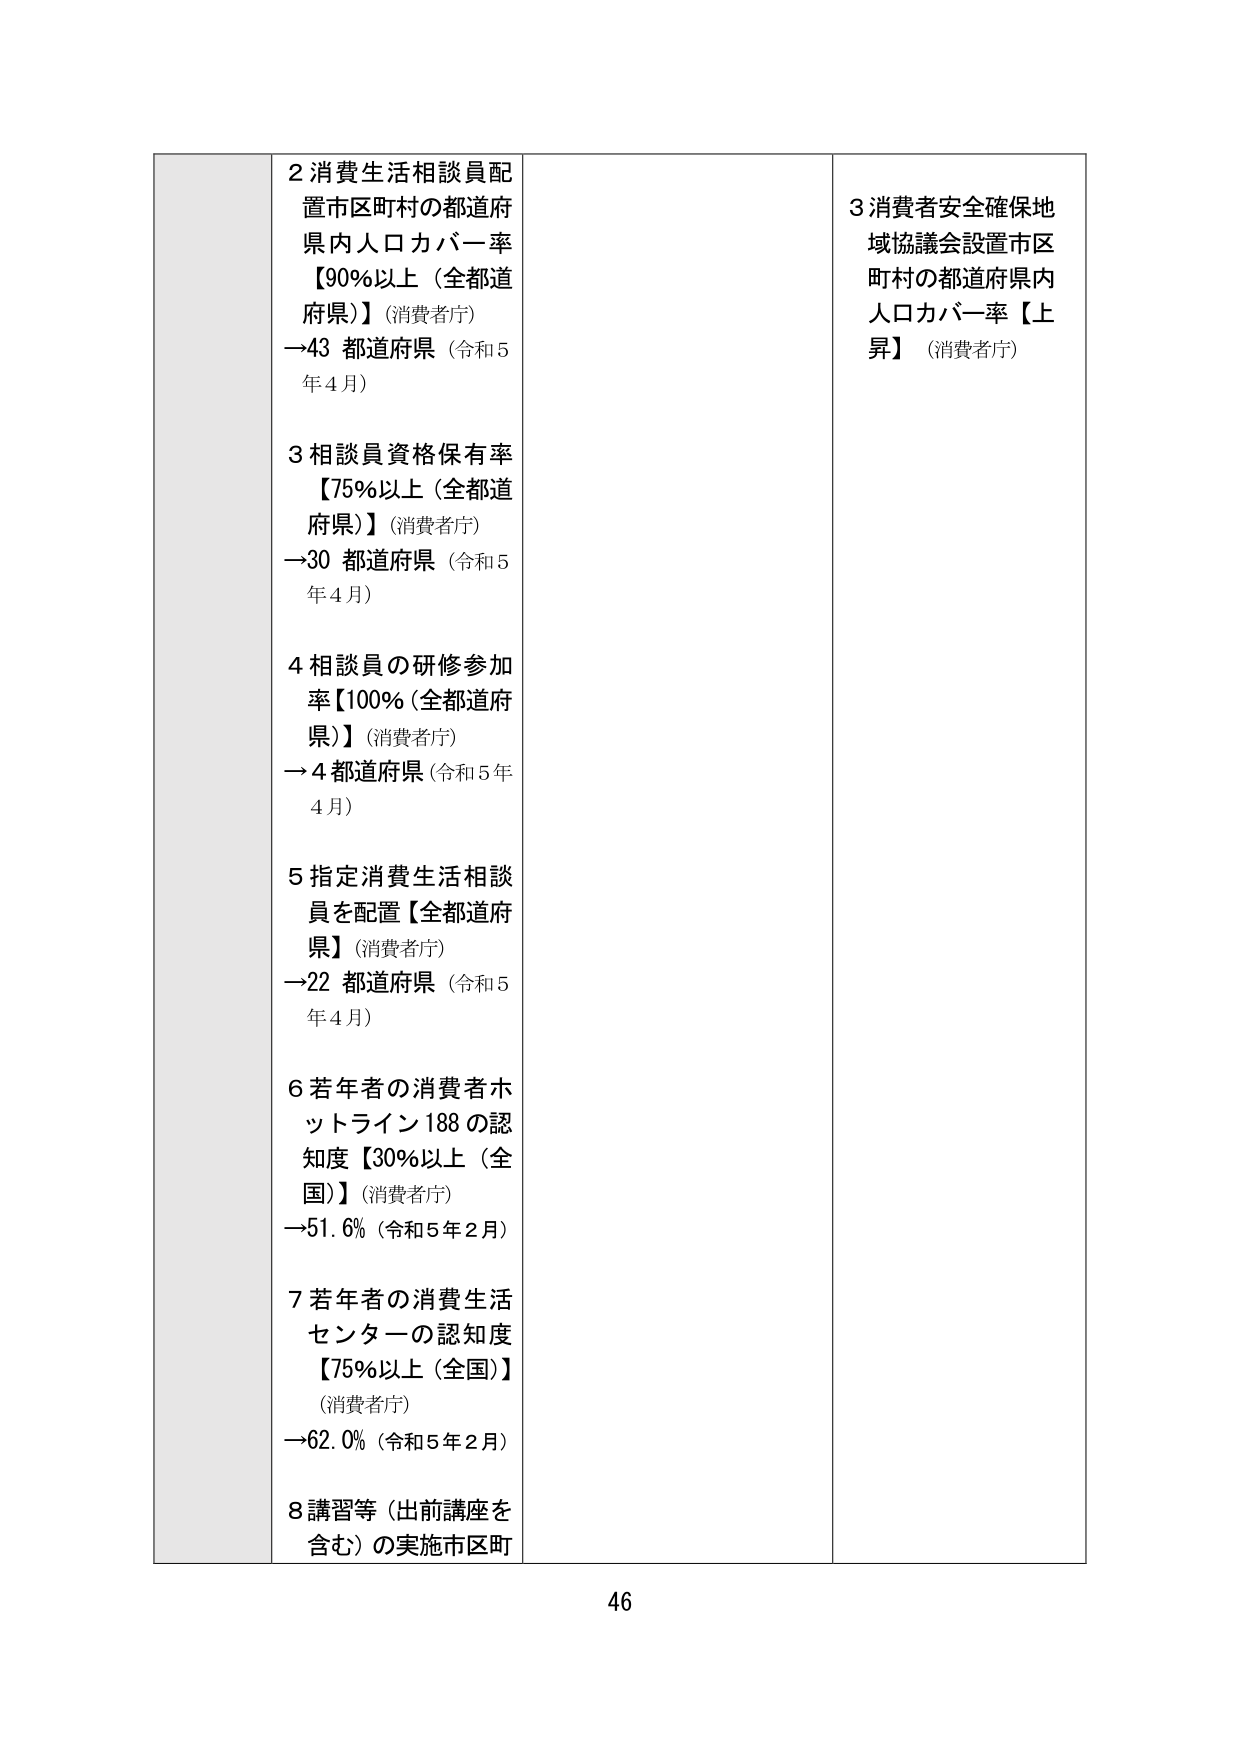
2 消費生活相談員配置市区町村の都道府県内人口カバー率【90%以上（全都道府県）】（消費者庁）→43 都道府県（令和5年4月）

3 相談員資格保有率【75%以上（全都道府県）】（消費者庁）→30 都道府県（令和5年4月）

4 相談員の研修参加率【100%（全都道府県）】（消費者庁）→4都道府県（令和5年4月）

5 指定消費生活相談員を配置【全都道府県】（消費者庁）→22 都道府県（令和5年4月）

6 若年者の消費者ホットライン188の認知度【30%以上（全国）】（消費者庁）→51.6%（令和5年2月）

7 若年者の消費生活センターの認知度【75%以上（全国）】（消費者庁）→62.0%（令和5年2月）

8 講習等（出前講座を含む）の実施市区町

3 消費者安全確保地域協議会設置市区町村の都道府県内人口カバー率【上昇】（消費者庁）

46